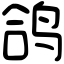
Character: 鸽